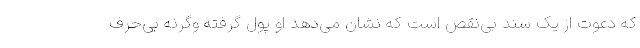
که دعوت از یک سند بی‌نقص است که نشان می‌دهد او پول گرفته وگرنه بی‌حرف